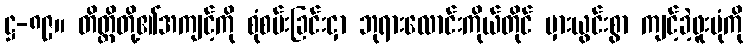
ဋ္ဌ-၈၉။ တိတ္ထိတို့၏အကျင့်ကို စုံစမ်းခြင်းငှာ ဘုရားလောင်းကိုယ်တိုင် မှားယွင်းစွာ ကျင့်ခဲ့ဖူးပုံကို